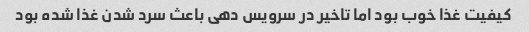
کیفیت غذا خوب بود اما تاخیر در سرویس دهی باعث سرد شدن غذا شده بود